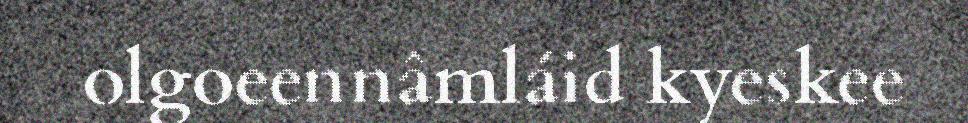
olgoeennâmláid kyeskee